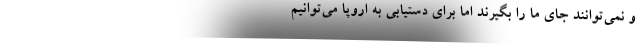
و نمی‌توانند جای ما را بگیرند اما برای دستیابی به اروپا می‌توانیم